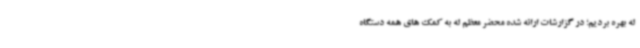
له بهره بردیم؛ در گزارشات ارائه شده محضر معظم له به کمک های همه دستگاه